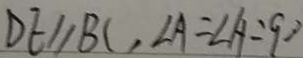
D E / / B C , \angle A = \angle A = 9 0 ^ { \circ }